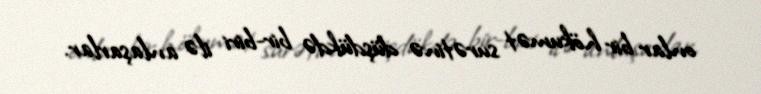
onlar bir hökumət surətinə düşdükdə bir-biri ilə anlaşarlar.